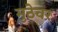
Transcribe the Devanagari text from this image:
मुठेवर